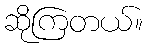
ဆိုကြတယ်။